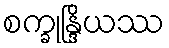
စက္ခုန္ဒြိယဿ